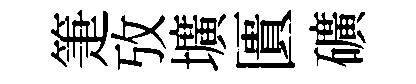
箑攷壙匱礦